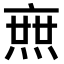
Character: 𤍍